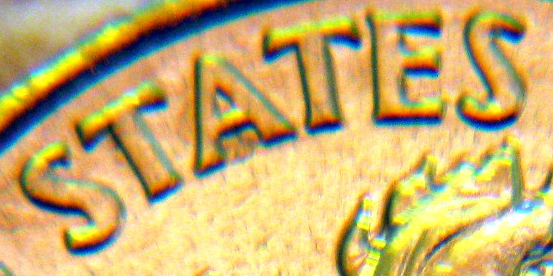
STATES